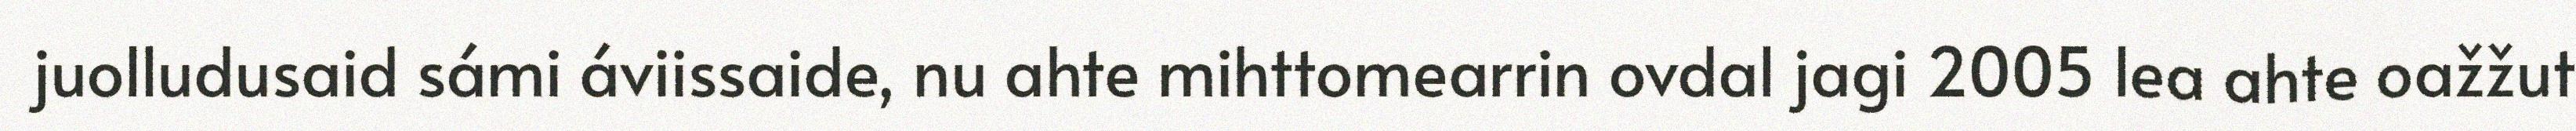
juolludusaid sámi áviissaide, nu ahte mihttomearrin ovdal jagi 2005 lea ahte oažžut